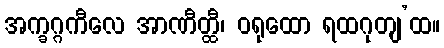
အက္ခဂ္ဂကီလေ အာဏီတ္ထီ၊ ဝရုထော ရထဂုတျ’ထ။